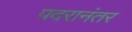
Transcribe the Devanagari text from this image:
पदरानंतर